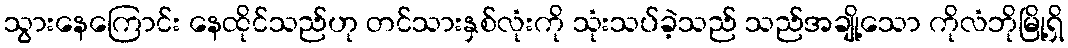
သွားနေကြောင်း နေထိုင်သည်ဟု တင်သားနှစ်လုံးကို သုံးသပ်ခဲ့သည် သည်အချို့သော ကိုလံဘိုမြို့ရှိ